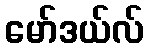
မော်ဒယ်လ်